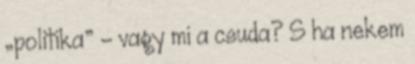
„politika” – vagy mi a csuda? S ha nekem